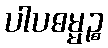
ပါပဓမ္မဉ္စ